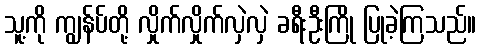
သူ့ကို ကျွန်ပ်တို့ လှိုက်လှိုက်လှဲလှဲ ခရီးဦးကြို ပြုခဲ့ကြသည်။